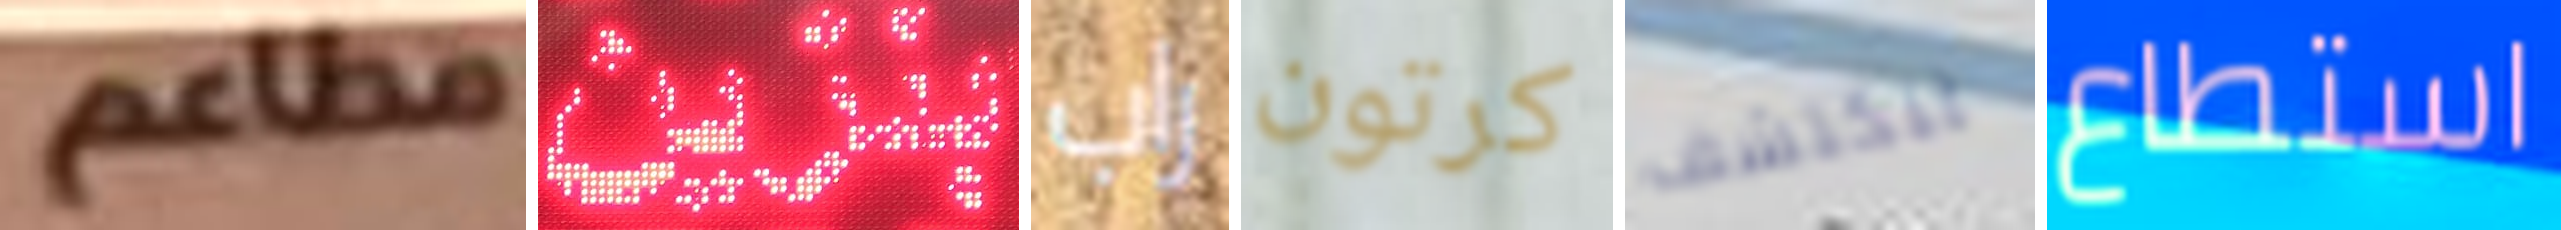
مطاعم بنزين راب كرتون لنكتشف استطاع